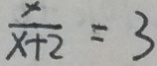
\frac { x } { x + 2 } = 3